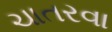
ચાતરવા